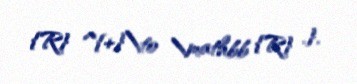
{R} ^{+}\to \mathbb {R} .}.